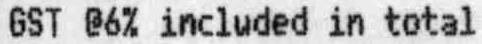
GST @6% INCLUDED IN TOTAL